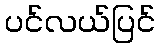
ပင်လယ်ပြင်